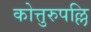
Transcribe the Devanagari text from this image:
कोत्तुरुपल्लि